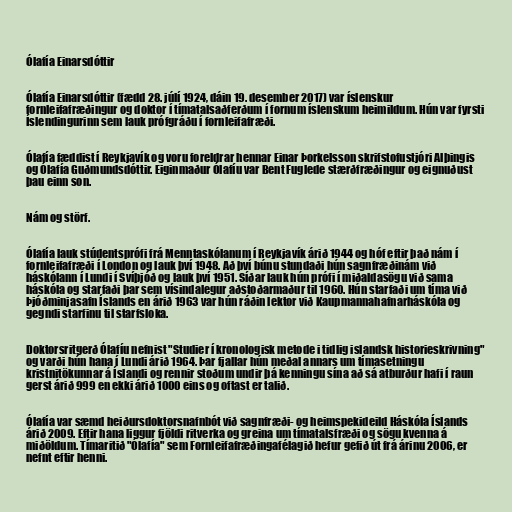
Ólafía Einarsdóttir

Ólafía Einarsdóttir (fædd 28. júlí 1924, dáin 19. desember 2017) var íslenskur
fornleifafræðingur og doktor í tímatalsaðferðum í fornum íslenskum heimildum. Hún var fyrsti
Íslendingurinn sem lauk prófgráðu í fornleifafræði.

Ólafía fæddist í Reykjavík og voru foreldrar hennar Einar Þorkelsson skrifstofustjóri Alþingis
og Ólafía Guðmundsdóttir. Eiginmaður Ólafíu var Bent Fuglede stærðfræðingur og eignuðust
þau einn son.

Nám og störf.

Ólafía lauk stúdentsprófi frá Menntaskólanum í Reykjavík árið 1944 og hóf eftir það nám í
fornleifafræði í London og lauk því 1948. Að því búnu stundaði hún sagnfræðinám við
háskólann í Lundi í Svíþjóð og lauk því 1951. Síðar lauk hún prófi í miðaldasögu við sama
háskóla og starfaði þar sem vísindalegur aðstoðarmaður til 1960. Hún starfaði um tíma við
Þjóðminjasafn Íslands en árið 1963 var hún ráðin lektor við Kaupmannahafnarháskóla og
gegndi starfinu til starfsloka.

Doktorsritgerð Ólafíu nefnist "Studier í kronologisk metode i tidlig islandsk historieskrivning"
og varði hún hana í Lundi árið 1964. Þar fjallar hún meðal annars um tímasetningu
kristnitökunnar á Íslandi og rennir stoðum undir þá kenningu sína að sá atburður hafi í raun
gerst árið 999 en ekki árið 1000 eins og oftast er talið.

Ólafía var sæmd heiðurs­doktors­nafn­bót við sagn­fræði- og heim­speki­deild Há­skóla Íslands
árið 2009. Eft­ir hana ligg­ur fjöldi rit­verka og greina um tíma­tals­fræði og sögu kvenna á
miðöld­um. Tímaritið "Ólafía" sem Forn­leifa­fræðinga­fé­lagið hefur gefið út frá árinu 2006, er
nefnt eft­ir henni.